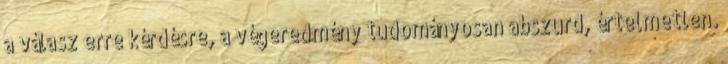
a válasz erre kérdésre, a végeredmény tudományosan abszurd, értelmetlen.